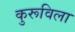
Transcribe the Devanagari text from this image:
कुरूविला